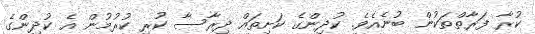
ކުރާ ފަރާތްތަކުން ބުނެއެވެ. ކުދިންގެ ކަށިތައް ދިރާސާ ކުރި ކުރުމުން އެ ކުދިންގެ